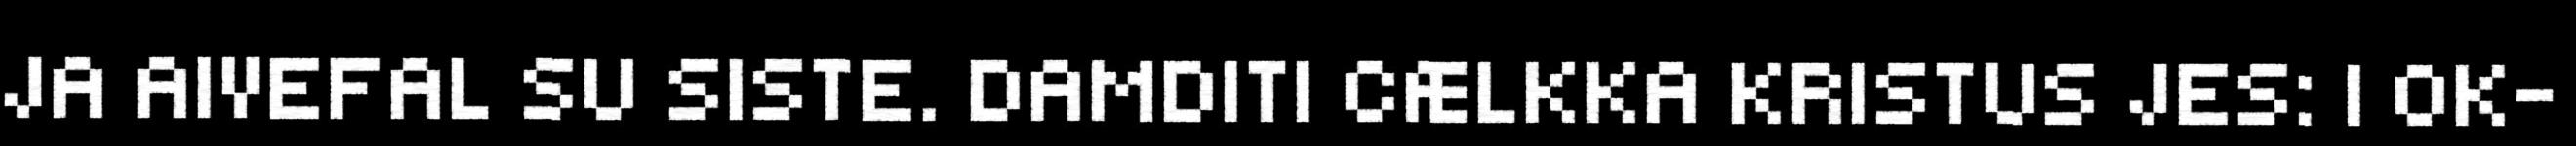
JA AIVEFAL SU SISTE. DAMDITI CÆLKKA KRISTUS JES: I OK-